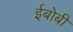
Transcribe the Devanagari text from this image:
ईबोबी